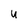
Character: U